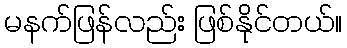
မနက်ဖြန်လည်း ဖြစ်နိုင်တယ်။